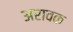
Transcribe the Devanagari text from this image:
अरावक